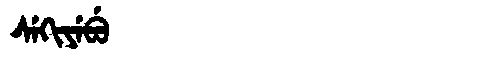
Manchu: ᠰᡝᡴᡳᠶᡝᠪᡠ
Romanization: SEKIYEBU